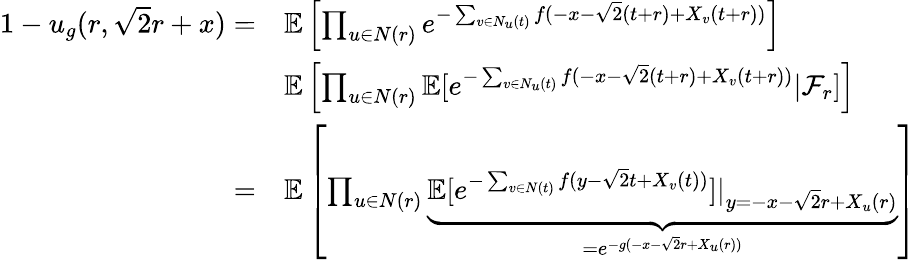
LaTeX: \begin{array}{rl}{1-u_{g}(r,\sqrt{2}r+x)=}&{\mathbb{E}\left[\prod_{u\in N(r)}e^{-\sum_{v\in N_{u}(t)}f(-x-\sqrt{2}(t+r)+X_{v}(t+r))}\right]}\\ &{\mathbb{E}\left[\prod_{u\in N(r)}\mathbb{E}[e^{-\sum_{v\in N_{u}(t)}f(-x-\sqrt{2}(t+r)+X_{v}(t+r))}\vert\mathcal{F}_{r}]\right]}\\ {=}&{\mathbb{E}\left[\prod_{u\in N(r)}\underbrace{\mathbb{E}[e^{-\sum_{v\in N(t)}f(y-\sqrt{2}t+X_{v}(t))}]\vert_{y=-x-\sqrt{2}r+X_{u}(r)}}_{=e^{-g(-x-\sqrt{2}r+X_{u}(r))}}\right]}\end{array}